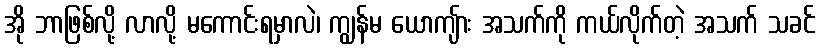
အို ဘာဖြစ်လို့ လာလို့ မကောင်းရမှာလဲ၊ ကျွန်မ ယောကျ်ား အသက်ကို ကယ်လိုက်တဲ့ အသက် သခင်